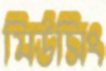
মিউসিং